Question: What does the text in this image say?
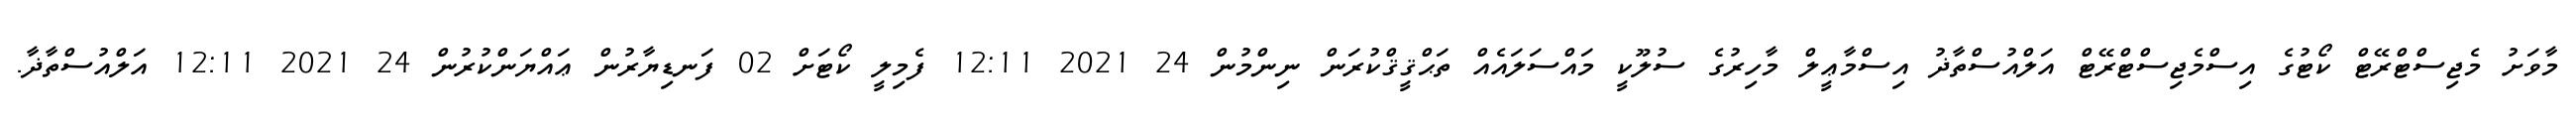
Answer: މާވަށު މެޖިސްޓްރޭޓް ކޯޓުގެ އިސްމެޖިސްޓްރޭޓް އަލްއުސްތާޛު އިސްމާޢީލް މާހިރުގެ ސުލޫކީ މައްސަލައެއް ތަޙްޤީޤްކުރަން ނިންމުން 24 2021 12:11 ފެމިލީ ކޯޓަށް 02 ފަނޑިޔާރުން ޢައްޔަންކުރުން 24 2021 12:11 އަލްއުސްތާޛާ.